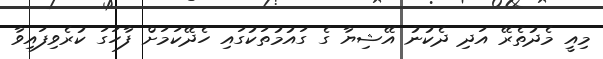
މިއީ މެދުތެރޭ އަދި ދެކުނު އޭޝިޔާ ގެ ގައުމުތަކުގައި ހެދޭކަމަށް ފާހަގަ ކުރެވިފައިވާ